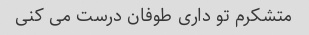
متشکرم تو داری طوفان درست می کنی